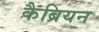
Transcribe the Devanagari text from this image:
कैब्रियन